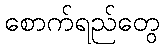
စောက်ရည်တွေ